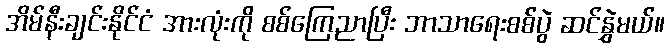
အိမ်နီးချင်းနိုင်ငံ အားလုံးကို စစ်ကြေညာပြီး ဘာသာရေးစစ်ပွဲ ဆင်နွှဲမယ်။